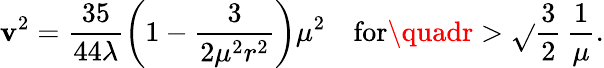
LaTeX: \mathbf{v}^{2}=\frac{{35}}{{44\lambda}}\left(1-\frac{{3}}{{2\mu^{2}r^{2}}}\right)\mu^{2}\quad\mathrm{{for}}\quadr>\sqrt{}{{\frac{{3}}{{2}}}}\, \frac{{1}}{{\mu}}.